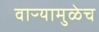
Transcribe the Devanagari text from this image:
वाऱ्यामुळेच